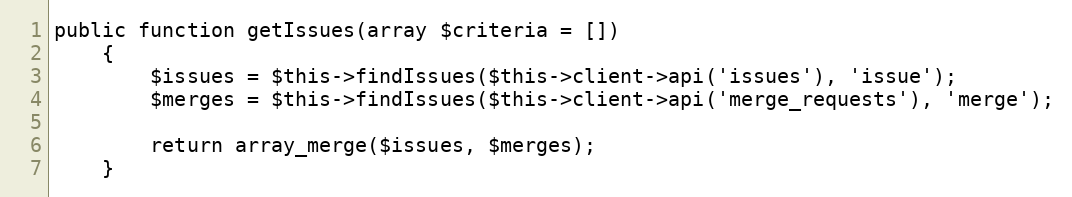
Language: PHP
public function getIssues(array $criteria = [])
    {
        $issues = $this->findIssues($this->client->api('issues'), 'issue');
        $merges = $this->findIssues($this->client->api('merge_requests'), 'merge');

        return array_merge($issues, $merges);
    }